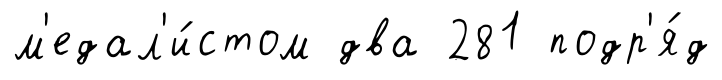
м'едал'и́стом два 281 подр'я́д